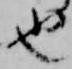
也